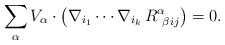
\begin{align*} \sum_\alpha V_\alpha\cdot\left(\nabla_{i_1}\cdots\nabla_{i_k}\, R^\alpha_{\ \beta ij}\right)=0. \end{align*}